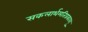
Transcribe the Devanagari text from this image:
सकलार्थमतिप्रकाशु